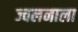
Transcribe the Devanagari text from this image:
ज्वलनाला